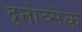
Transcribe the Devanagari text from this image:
द्र्नोव्सेक